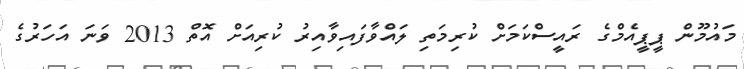
މައުމޫން ޕީޕީއެމްގެ ރައީސްކަމަށް ކުރިމަތި ލައްވާފައިވާއިރު ކުރިއަށް އޮތް 2013 ވަނަ އަހަރުގެ